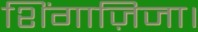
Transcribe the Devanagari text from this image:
शिंगाज़िजा।